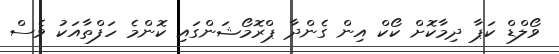
ވޯލްޑް ކަޕާ ދިމާކޮށް ކޯކް އިން ގެންދާ ޕްރޮމޯޝަންގައި ކޮންމެ ހަފްތާއަކު ވެސް